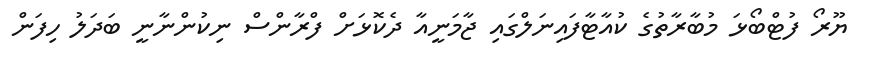
ޔޫރޯ ފުޓްބޯޅަ މުބާރާތުގެ ކުއާޓާފައިނަލްގައި ޖާމަނީއާ ދެކޮޅަށް ފްރާންސް ނިކުންނާނީ ބަދަލު ހިފަން